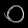
Digit: ၀